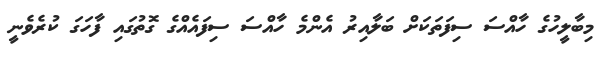
މިބާލީހުގެ ހާއްސަ ސިފަތަކަށް ބަލާއިރު އެންމެ ހާއްސަ ސިފައެއްގެ ގޮތުގައި ފާހަގަ ކުރެވެނީ